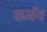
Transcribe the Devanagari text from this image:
फर्मन